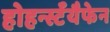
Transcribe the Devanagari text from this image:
होहर्न्स्टॅयैफेन